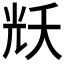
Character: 𭀦